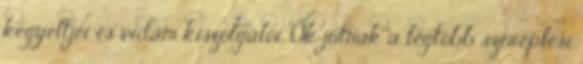
kegyeltjei és vidám kiszolgálói. Ők jutnak a legtöbb szereplési